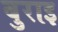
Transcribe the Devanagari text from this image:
बुराइ